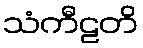
သံကီဠတိ